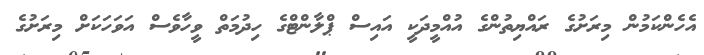
އެހެންކަމުން މިރަށުގެ ރައްޔިތުންގެ އުއްމީދަކީ އައިސް ޕްލާންޓްގެ ހިދުމަތް ވީހާވެސް އަވަހަކަށް މިރަށުގެ